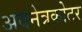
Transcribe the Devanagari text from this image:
अवनेत्रकोटर